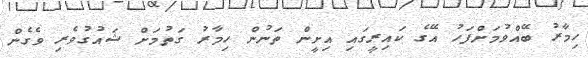
ހިމާރު ބޭއްވުމަށްފަހު އޭގެ ކައިރީގައި އިށީން ތަނުން ހިމާރު ގަތުމަށް ޝައުގުވެރި ވެގެން